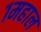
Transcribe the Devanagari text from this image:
१महाल